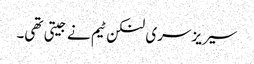
سیریز سری لنکن ٹیم نے جیتی تھی۔